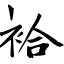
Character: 袷